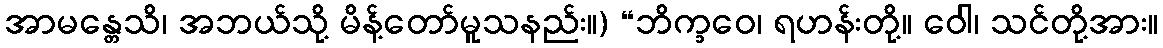
အာမန္တေသိ၊ အဘယ်သို့ မိန့်တော်မူသနည်း။) “ဘိက္ခဝေ၊ ရဟန်းတို့။ ဝေါ၊ သင်တို့အား။